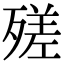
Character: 𣩈